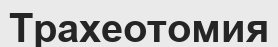
Трахеотомия